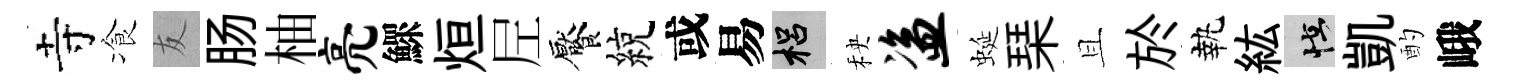
寺飡友肠柚亮鰥烜𡰱饜綂或易梠秧盗蜒琹且於執紘怪凱酌峨